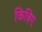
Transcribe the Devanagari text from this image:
किन्निए